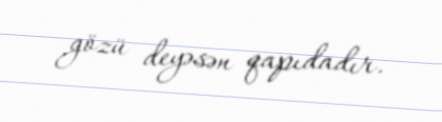
gözü deyəsən qapıdadır.